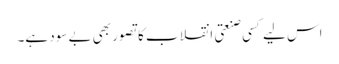
اس لیے کسی صنعتی انقلاب کا تصور بھی بے سود ہے۔